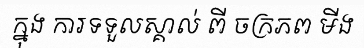
ក្នុង ការទទួលស្គាល់ ពី ចក្រភព មីង